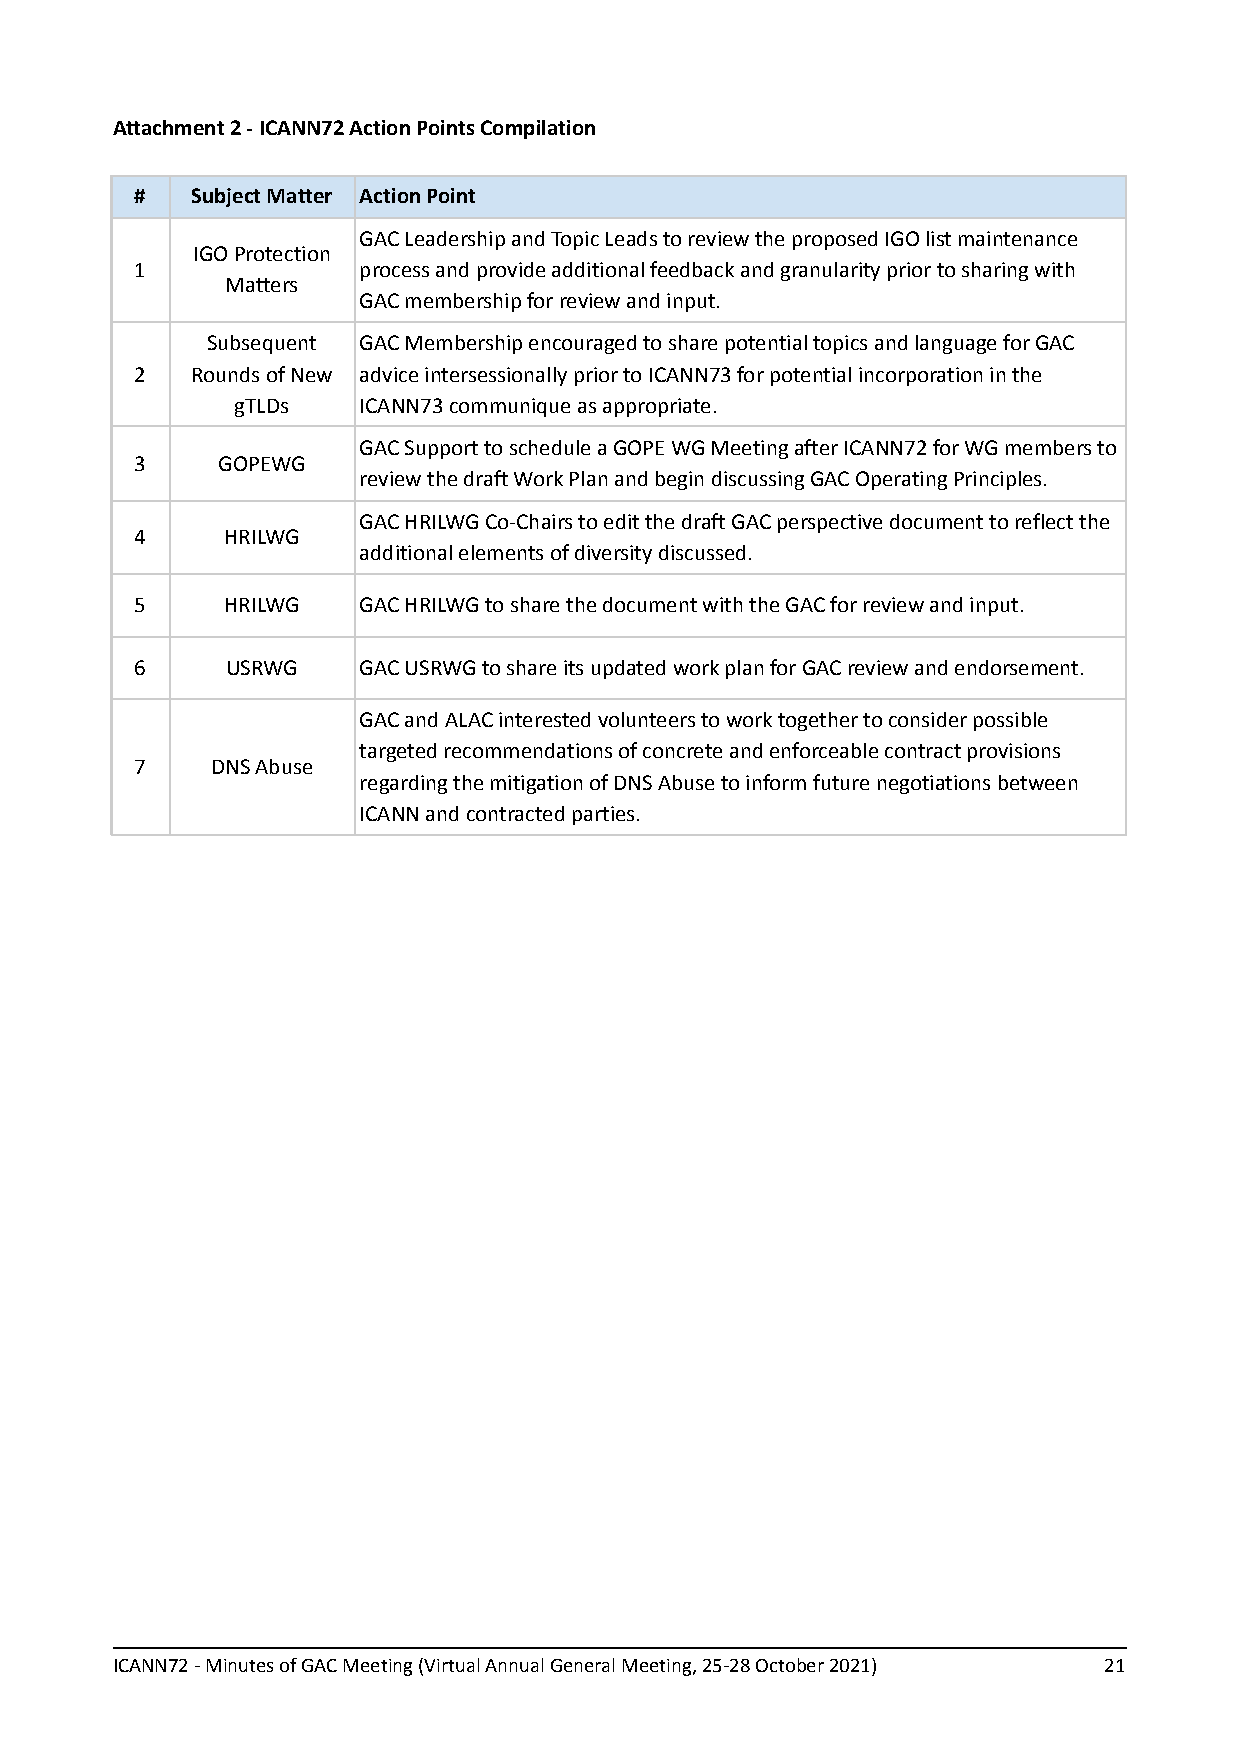
Attachment 2 - ICANN72 Action Points Compilation
 #   Subject Matter Action Point
 GAC Leadership and Topic Leads to review the proposed IGO list maintenance
 IGO Protection
 1              process and provide additional feedback and granularity prior to sharing with
 Matters
 GAC membership for review and input.
 Subsequent GAC Membership encouraged to share potential topics and language for GAC
 2   Rounds of New advice intersessionally prior to ICANN73 for potential incorporation in the
 gTLDs   ICANN73 communique as appropriate.
 GAC Support to schedule a GOPE WG Meeting after ICANN72 for WG members to
 3    GOPEWG
 review the draft Work Plan and begin discussing GAC Operating Principles.
 GAC HRILWG Co-Chairs to edit the draft GAC perspective document to reflect the
 4     HRILWG
 additional elements of diversity discussed.
 5     HRILWG   GAC HRILWG to share the document with the GAC for review and input.
 6     USRWG    GAC USRWG to share its updated work plan for GAC review and endorsement.
 GAC and ALAC interested volunteers to work together to consider possible
 targeted recommendations of concrete and enforceable contract provisions
 7    DNS Abuse
 regarding the mitigation of DNS Abuse to inform future negotiations between
 ICANN and contracted parties.
 ICANN72 - Minutes of GAC Meeting (Virtual Annual General Meeting, 25-28 October 2021) 21